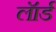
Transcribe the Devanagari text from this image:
लॅार्ड